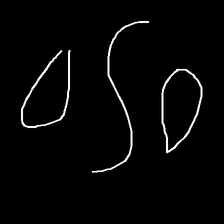
Glyph: water